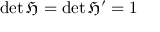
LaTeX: \operatorname* { d e t } { \mathfrak { H } } = \operatorname* { d e t } { \mathfrak { H } } ^ { \prime } = 1